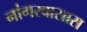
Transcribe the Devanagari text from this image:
नांगरवासास